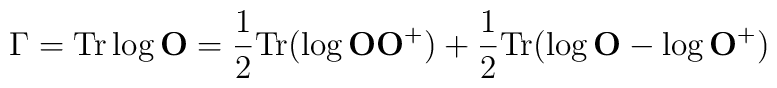
\Gamma={\rm Tr}\log{\bf O}=\frac{1}{2}{\rm Tr}(\log {\bf O}{\bf O}^+)+\frac{1}{2}{\rm Tr}(\log {\bf O}-\log{\bf O}^+)